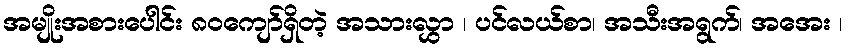
အမျိုးအစားပေါင်း ၈၀ကျော်ရှိတဲ့ အသားလွှာ ၊ ပင်လယ်စာ၊ အသီးအရွက်၊ အအေး ၊